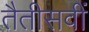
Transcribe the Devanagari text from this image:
तैतीसवीं